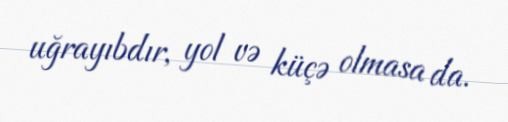
uğrayıbdır, yol və küçə olmasa da.